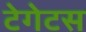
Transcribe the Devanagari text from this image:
टेगेटस